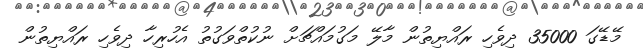
މޭޑޭގަ 35000 ދިވެހި ރައްޔިތުން މާލޭ މަގުމައްޗަށް ނުކުތްވަގުތު އެހުރިހާ ދިވެހި ރައްޔިތުން